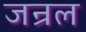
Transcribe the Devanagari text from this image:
जन्रल